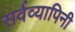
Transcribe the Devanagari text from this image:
सर्वव्यापिनी